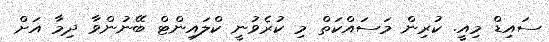
ސައިޑް މިއީ. ކުރިން މަސައްކަތް މި ކުރެވުނީ ކްލައިންޓް ބޭނުންވާ ދިމާ އަށް